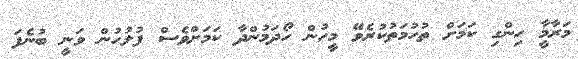
މަރާމާީ ހިންގި ކަމަށް ތުހުމަތުކުރެވޭ މީހުން ހޯދަމުންދާ ކަމަށްވެސް ފުލުހުން ވަނީ ބުނެފަ